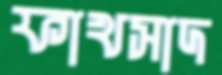
ফাখসাদ